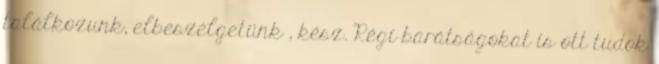
találkozunk, elbeszélgetünk , kész. Régi barátságokat is ott tudok